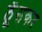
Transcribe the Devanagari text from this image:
ठूँसकर